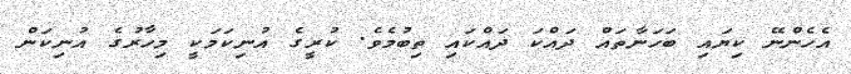
އެހެންނޭ ކިޔައި ބަހަނާތައް ދައްކަ ދައްކައި ތިބުމެވެ. ކުރީގެ އުނިކަމަކީ މިހާރުގެ އުނިކަން